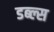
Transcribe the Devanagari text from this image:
डब्ल्स